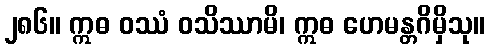
၂၈၆။ ဣဓ ဝဿံ ဝသိဿာမိ၊ ဣဓ ဟေမန္တဂိမှိသု။